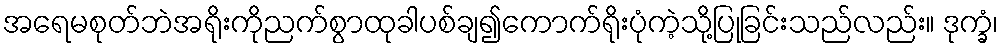
အရေမစုတ်ဘဲအရိုးကိုညက်စွာထုခါပစ်ချ၍ကောက်ရိုးပုံကဲ့သို့ပြုခြင်းသည်လည်း။ ဒုက္ခံ၊